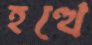
হত্থে